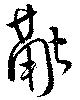
融